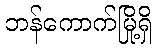
ဘန်ကောက်မြို့ရှိ